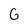
Character: G